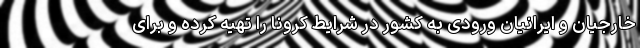
خارجیان و ایرانیان ورودی به کشور در شرایط کرونا را تهیه کرده و برای